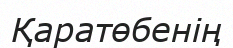
Қаратөбенің